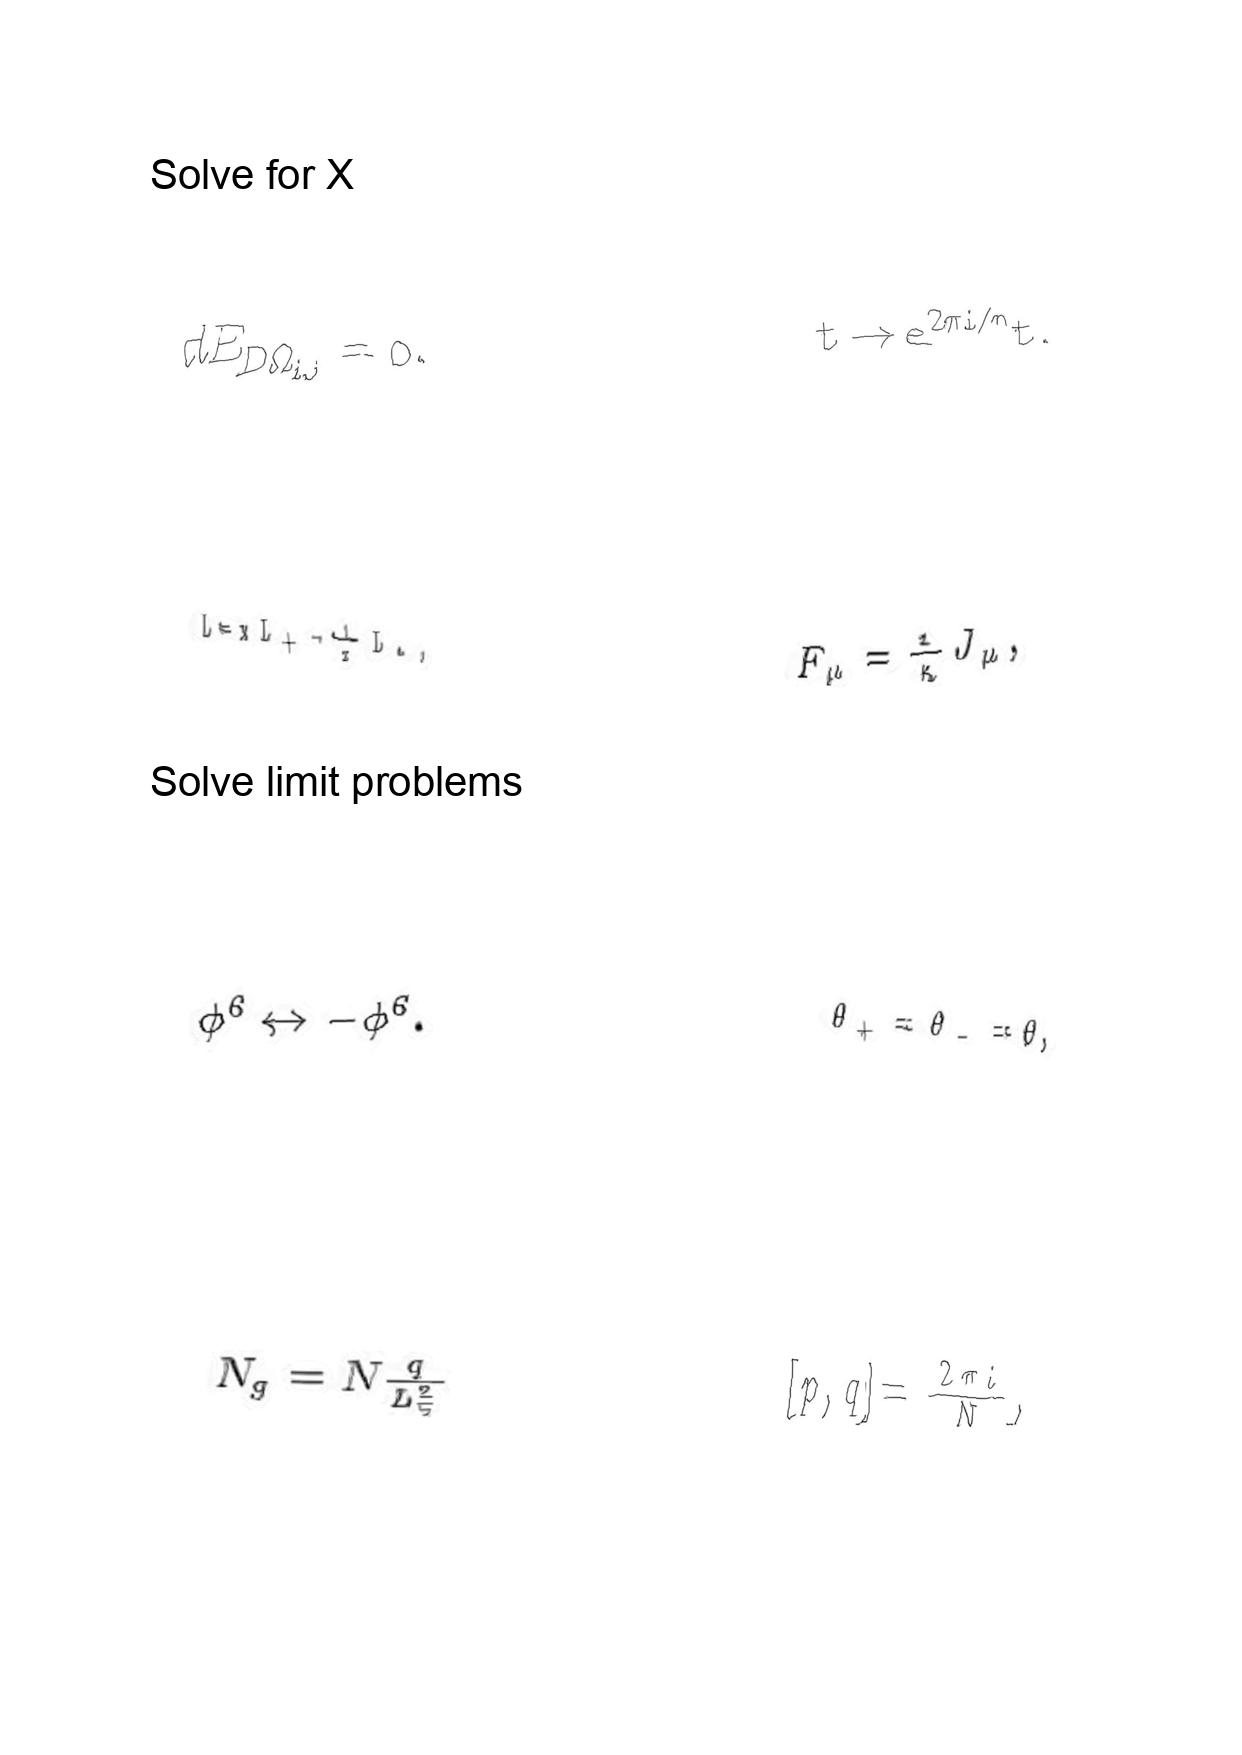
LaTeX transcription:
d E _ { D \Omega _ { i , j } } = 0 .
L = x L _ { + } - \frac { 1 } { x } L _ { - } ,
\phi ^ { 6 } \leftrightarrow - \phi ^ { 6 } .
N _ { g } = N \frac { q } { L _ { 5 } ^ { 2 } }
t \rightarrow e ^ { 2 \pi i / n } t .
F _ { \mu } = \frac { 1 } { \kappa } J _ { \mu } ,
\theta _ { + } = \theta _ { - } = \theta ,
\lbrack p , q \rbrack = \frac { 2 \pi i } { N } ,